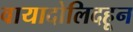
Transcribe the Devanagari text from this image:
वायादोलिदहून